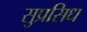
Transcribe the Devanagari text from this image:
सुप्रसिध